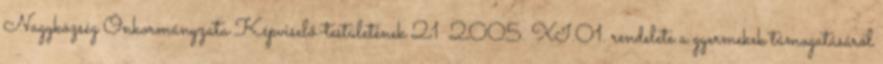
Nagyközség Önkormányzata Képviselő-testületének 21 2005. XI.01. rendelete a gyermekek támogatásáról